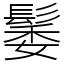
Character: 䰀